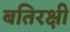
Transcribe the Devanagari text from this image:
बतिरक्षी